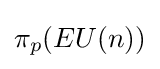
\pi _{p}(EU(n))